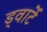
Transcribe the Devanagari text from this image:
ड्वार्टे